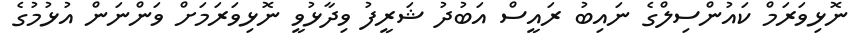
ނޮޅިވަރަމް ކައުންސިލްގެ ނައިބު ރައީސް އަބުދު ޝަރީފު ވިދާޅުވީ ނޮޅިވަރަމަށް ވަންނަން އުޅުމުގެ